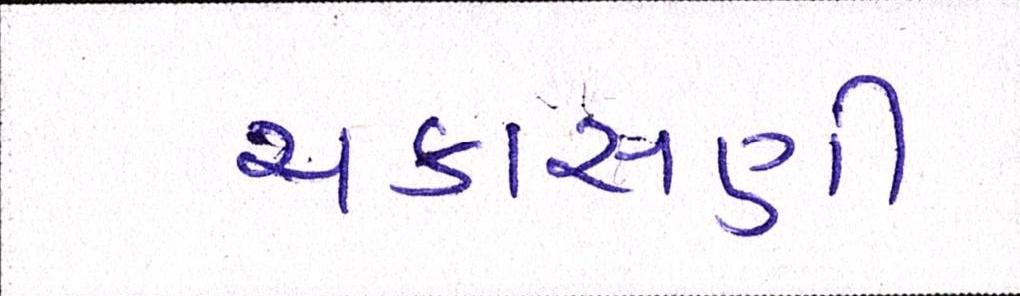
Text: ચકાસણી